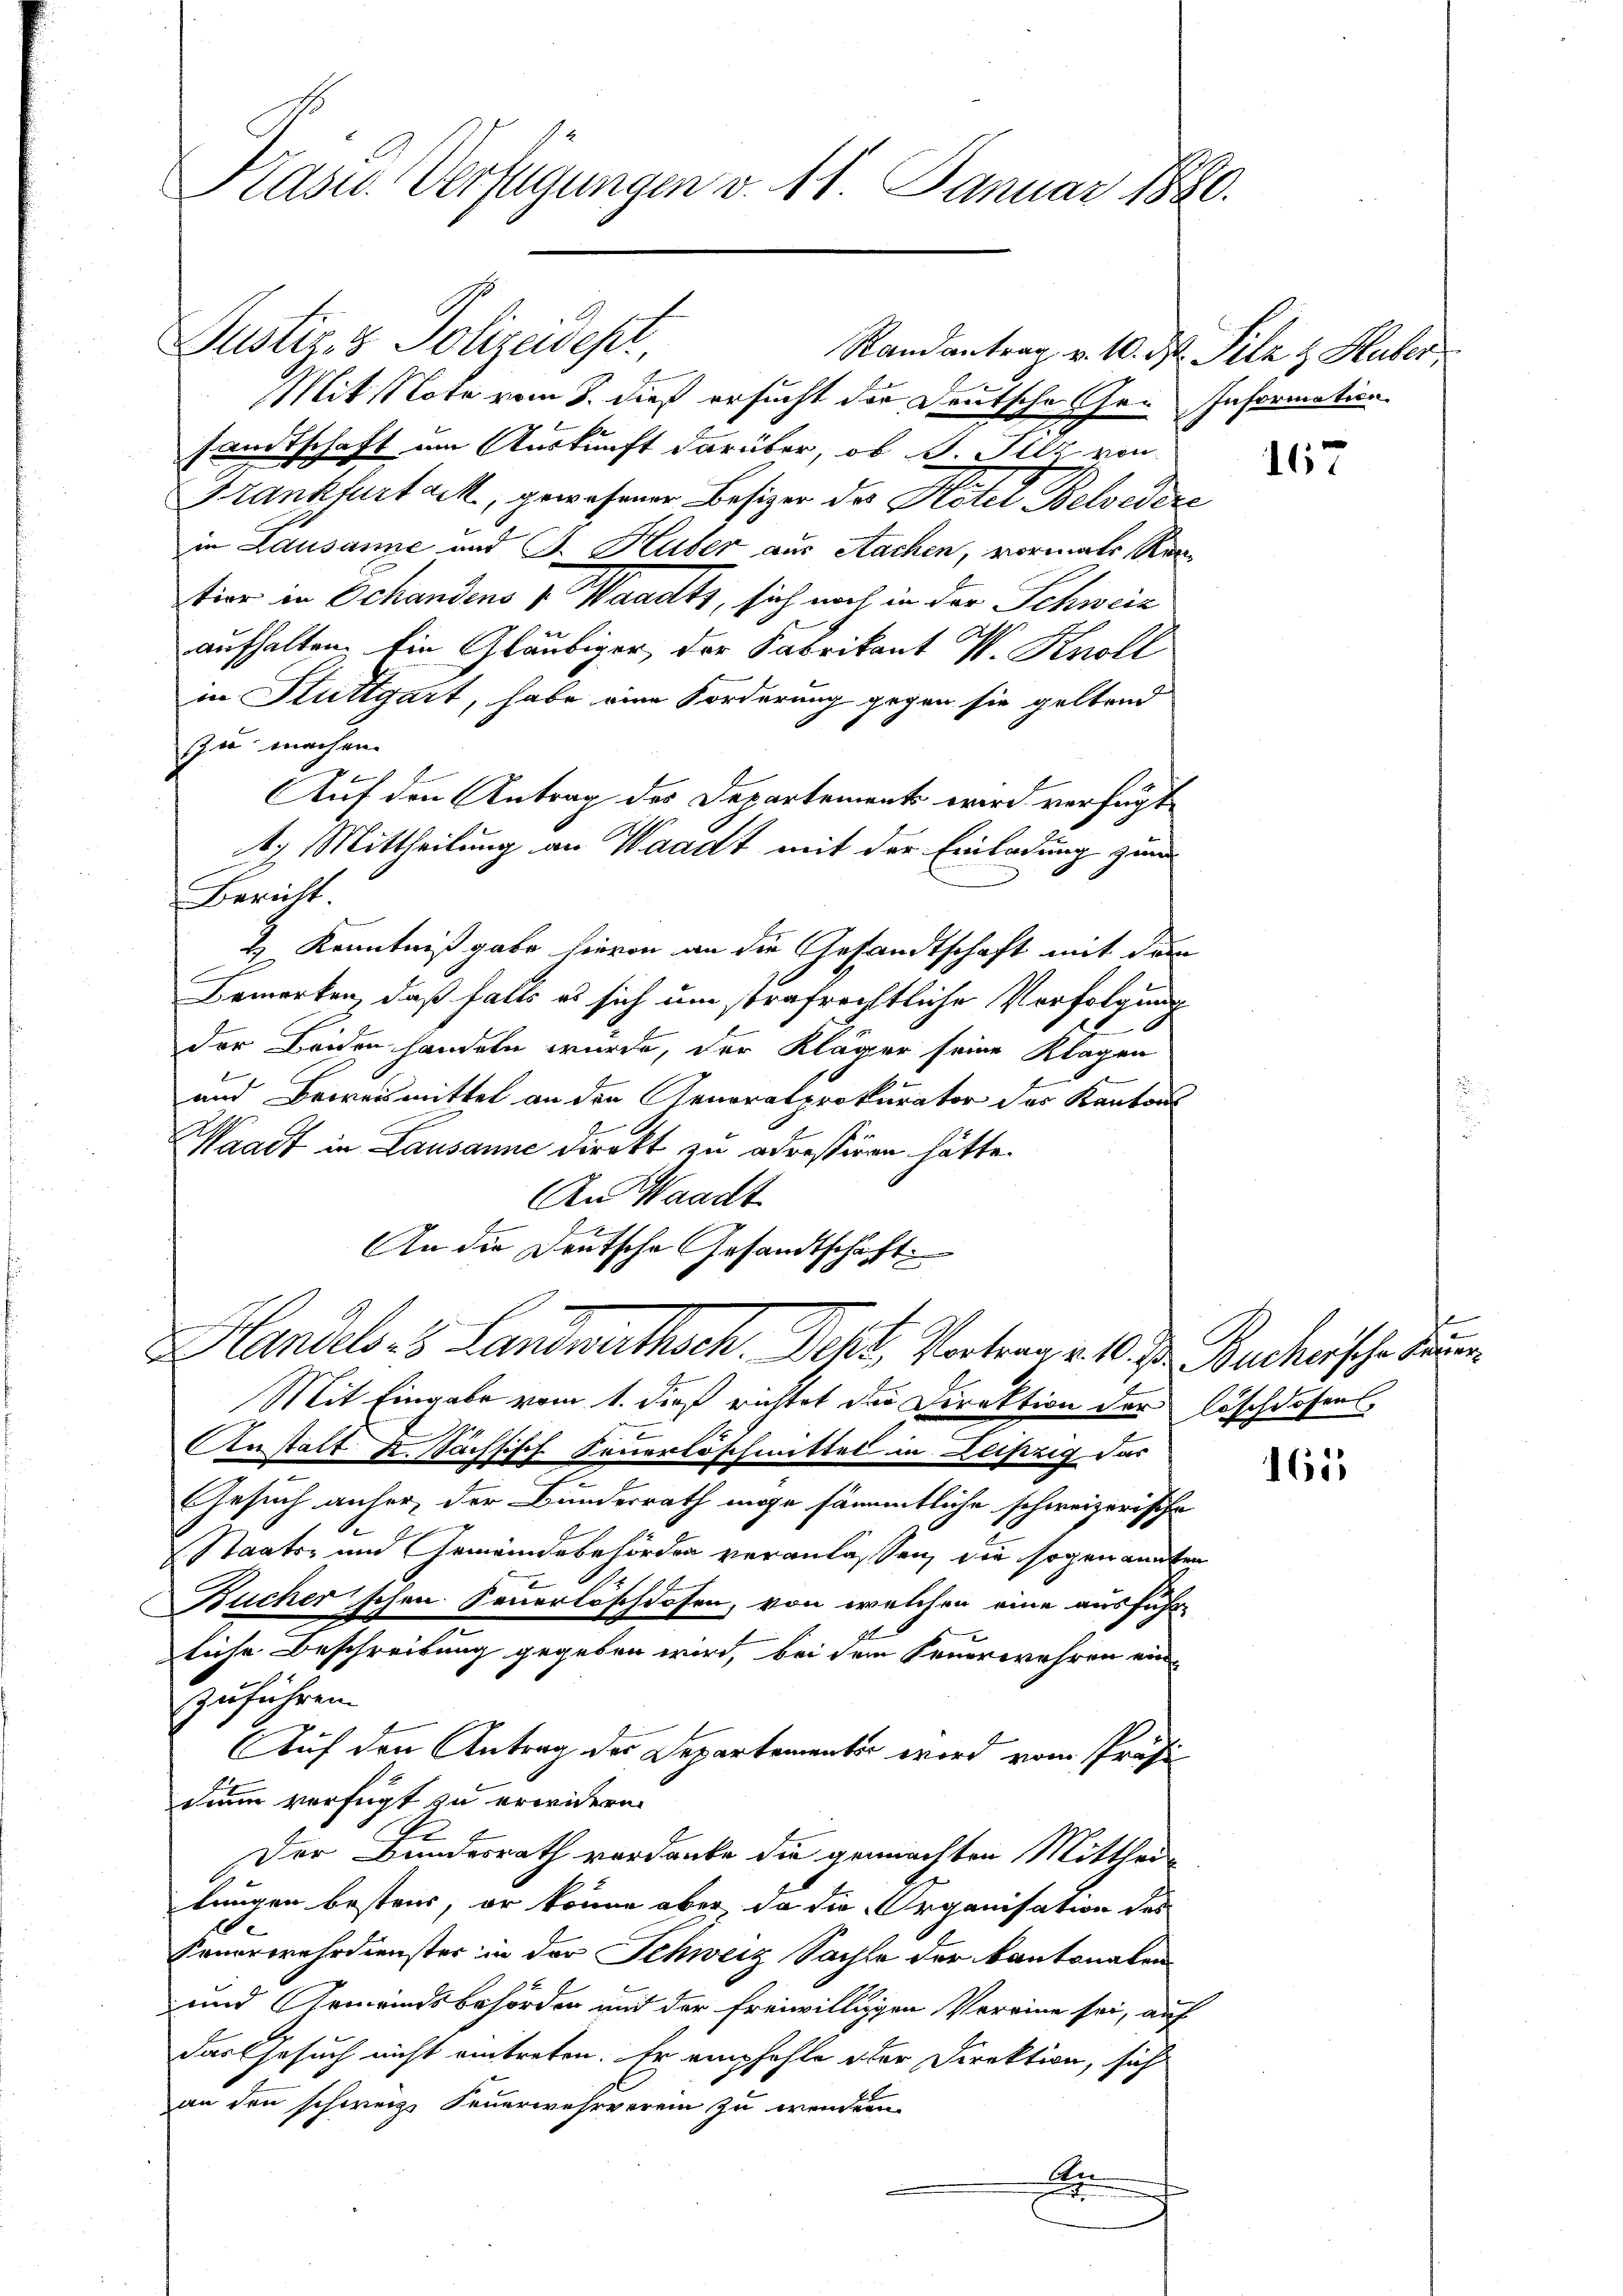
Präses Verfügungen v. 11. Januar 1890.

Mit Note vom 3. dieß ersucht der Deutsche her Information
sandtschaft um Auskunft darüber, ob A. Illy von
Frankfurt ack, gewesener Besizer der Platel Belvedere
in Lausanne und J. Huber aus Aachen, vormals Reation in Schandens v. Waadt, sich noch in der Schweiz
aufhalten. Ein Gläubiger, der Fabrikant V. Knoll
in Stuttgart, habe eine Forderung gegen sie geltend
zu machen.
x
Auf den Antrag des Departement wird verfügt,
47 Mittheilung an Waadt mit der Einladung zum
Bericht.
t Kenntniß gabe hievon an die Gesandtschaft mit dem
C
Bemerken, daß falls es sich um strafrechtliche Verfolgung
der Beiden handeln wurde, der Kläger seine Klagen
z
und Beweismittel an den Generalprokurator der Kantons
Waadt in Lausanne direkt zu adrestiren hätte.
An Waadt
An die Deutsche Gesandtschaft
Handels s. Landwirthsch. Dcht. Vorten v. 10. d. Bacherische Kran
Mit Eingabe vom 1. dieß richtet der Direktion der Löschlossens
Anstatt K. Sächsich Feuerlöschmittel in Leipzig das
Gesuch anher, der Bundesrath inge sämmtliche schweizerische
A
Staats- und Gemeindebehörden veranlassen, die sogenannten
Bücher schen Feuerlöschlosen, von welchen eine ausführ-
liche Beschreibung gegeben wird, bei dem Feuerwehren einzuführen.
Auf den Antrag der Departementer wird vom Präsidann verfügt zu erwidern.
Der Bundesrath verdanke die gemachten Mittheil
lungen besteur, er könne aber da die Organisation des
de
Feuerwehrdienster in der Schweiz Sachte der kantonalen
und Gemeindsbehörden und der freiwilligen Vereine sei, auf
Das Gesuch nicht eintreten. Er empfohle oder Direktion, sich
an den schweiz. Feuerwehrverein zu wender
An

Justiz & Polizeidest,

Randantrag v. 10. d. Silz & Huber

167

1615